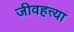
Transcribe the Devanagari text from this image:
जीवहत्त्या